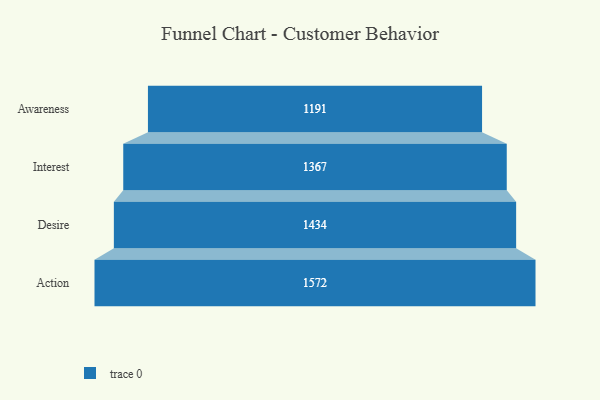
{"axis": {"x": "Stage", "y": "Value"}, "legend": [""], "data": [{"x": "Awareness", "y": 1191.0, "type": ""}, {"x": "Interest", "y": 1367.0, "type": ""}, {"x": "Desire", "y": 1434.0, "type": ""}, {"x": "Action", "y": 1572.0, "type": ""}]}